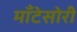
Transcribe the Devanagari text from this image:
माँटेसोरी